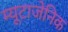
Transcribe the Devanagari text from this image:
म्यूटाजेनिक